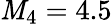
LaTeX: \mathit{M}_{4}=4.5